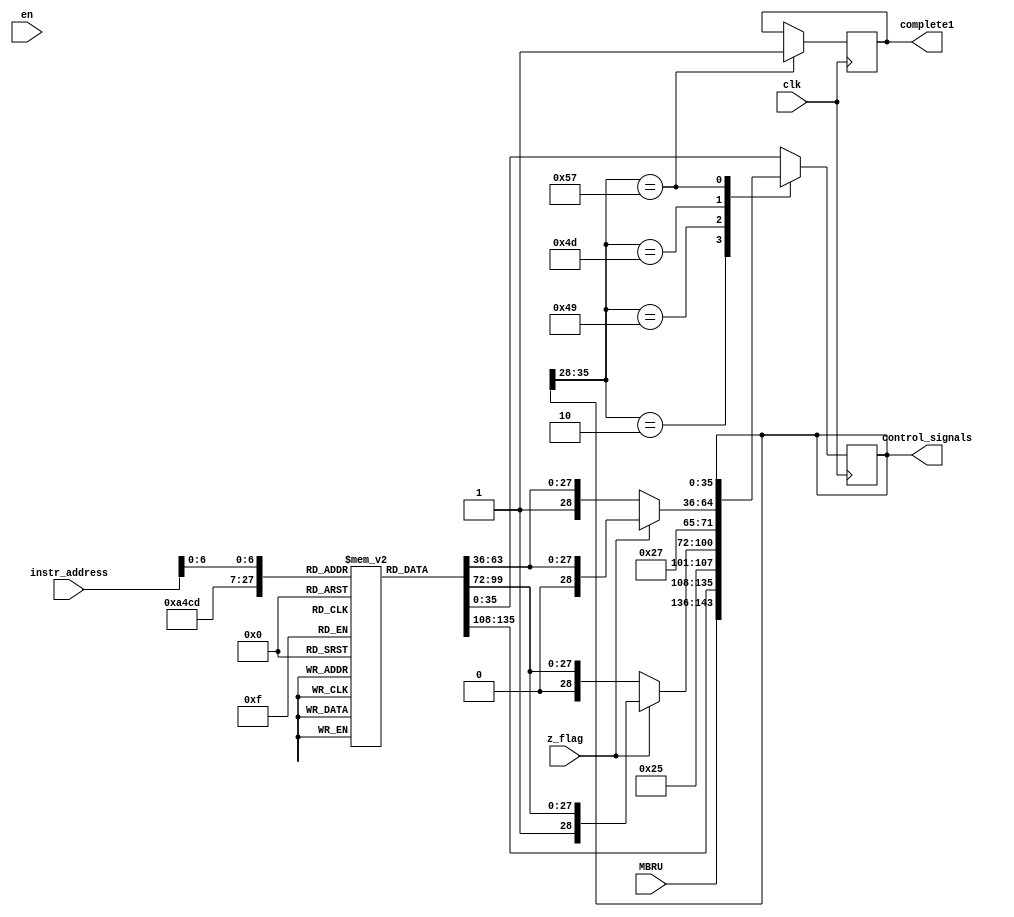
`timescale 1ns / 1ps
//////////////////////////////////////////////////////////////////////////////////
// Company: 
// Engineer: 
// 
// Design Name: 
// Module Name: Control_Unit
// Project Name: 
// Target Devices: 
// Tool Versions: 
// Description: 
// 
// Dependencies: 
// 
// Revision:
// Revision 0.01 - File Created
// Additional Comments:
// 
//////////////////////////////////////////////////////////////////////////////////




module Control_Unit(
    input clk,
    input en,
    input z_flag,
    input [7:0] instr_address,
    input [7:0] MBRU,
    output reg [35:0] control_signals,
    output complete1
    );
    
    parameter  control_signal_length=35; //36-1=35
    reg [control_signal_length:0] control_store[88:0];
    reg finish = 1'b0;
    
    //instructions which jumps
    parameter  FETCH3=8'd2;
    
    parameter  JUMPZ1=8'd73;
    parameter  JMPZN1=8'd74;
    parameter  JMPZY1=8'd75;

    parameter  JMPNZ1=8'd77;
    parameter  JMPNZY1=8'd78;
    parameter  JMPNZN1=8'd79;
    

    parameter  NOOP=8'd3;
    parameter  DONE=8'd87;
    
    assign complete1 = finish;
    
    initial
      begin
        control_signals= 36'b00000000_0_0000_00000000000000_000_00_0000; //	Start
      end
        
        
    always@(posedge clk)
        begin
            case(control_signals[35:28])
            FETCH3: 
                begin
                    control_signals={MBRU,control_store[FETCH3][27:0]};                    
                end
            JUMPZ1: 
                begin 
                    if (z_flag==1'b0)
                        control_signals={JMPZN1,control_store[JUMPZ1][27:0]};
                    else
                        control_signals={JMPZY1,control_store[JUMPZ1][27:0]};
                 end         
            JMPNZ1:
                begin 
                    if (z_flag==1'b1)
                        control_signals={JMPNZY1,control_store[JMPNZ1][27:0]};
                    else
                        control_signals={JMPNZN1,control_store[JMPNZ1][27:0]};
                end 
                
             DONE: finish = 1'b1;   //COMPLETE COMMAND 
            
             default: control_signals=control_store[instr_address];
            endcase
         end
            
    initial 
    begin
    
        control_store[0]  = 36'b00000001_0_0000_00010000000000_100_00_0000; //	FETCH1
        control_store[1]  = 36'b00000010_0_0000_00000000000000_000_00_0000; //	FETCH2
        control_store[2]  = 36'bxxxxxxxx_0_0000_00000000000000_000_10_0000; //  FETCH3
        control_store[3]  = 36'b00000000_0_0000_00000000000000_000_00_0000; //	NOOP
        control_store[4]  = 36'b00000000_0_0110_00000000000001_000_00_0000; //	CLAC
        control_store[5]  = 36'b00000110_0_1000_10000000000000_010_00_0000; //	LDAC 1
        control_store[6]  = 36'b00000111_0_0000_00000000000000_000_00_0000; //	LDAC 2
        control_store[7]  = 36'b00001000_0_0000_00000000000000_000_00_0000; //	LDAC 3
        control_store[8]  = 36'b00000000_0_0111_00000000000001_000_00_0010; //	LDAC 4
        control_store[9]  = 36'b00001010_0_0111_10000000000000_010_00_0011; //	LDX1R1 1
        control_store[10] = 36'b00001011_0_0000_00000000000000_000_00_0000; //	LDX1R1 2
        control_store[11] = 36'b00001100_0_0000_00000000000000_000_00_0000; //	LDX1R1 3
        control_store[12] = 36'b00001101_0_0111_00000000000001_000_00_0010; //	LDX1R1 4
        control_store[13] = 36'b00000000_0_1000_00001000000000_000_00_0000; //	LDX1R1 5
        control_store[14] = 36'b00001111_0_0111_10000000000000_010_00_0011; //	LDX2R2 1
        control_store[15] = 36'b00010000_0_0000_00000000000000_000_00_0000; //	LDX2R2 2
        control_store[16] = 36'b00010001_0_0000_00000000000000_000_00_0000; //	LDX2R2 3
        control_store[17] = 36'b00010010_0_0111_00000000000001_000_00_0010; //	LDX2R2 4
        control_store[18] = 36'b00000000_0_1000_00000100000000_000_00_0000; //	LDX2R2 5
        control_store[19] = 36'b00010100_0_0111_10000000000000_010_00_0011; //	LDX3R3 1
        control_store[20] = 36'b00010101_0_0000_00000000000000_000_00_0000; //	LDX3R3 2
        control_store[21] = 36'b00010110_0_0000_00000000000000_000_00_0000; //	LDX3R3 3
        control_store[22] = 36'b00010111_0_0111_00000000000001_000_00_0010; //	LDX3R3 4
        control_store[23] = 36'b00000000_0_1000_00000010000000_000_00_0000; //	LDX3R3 5
        control_store[24] = 36'b00011001_0_0111_10000000000000_010_00_0011; //	LDX12R9 1
        control_store[25] = 36'b00011010_0_0000_00000000000000_000_00_0000; //	LDX12R9 2
        control_store[26] = 36'b00011011_0_0000_00000000000000_000_00_0000; //	LDX12R9 3
        control_store[27] = 36'b00011100_0_0111_00000000000001_000_00_0010; //	LDX12R9 4
        control_store[28] = 36'b00000000_0_1000_00000000000010_000_00_0000; //	LDX12R9 5
        control_store[29] = 36'b00011110_0_0111_10000000000000_010_00_0011; //	LDX4R6 1
        control_store[30] = 36'b00011111_0_0000_00000000000000_000_00_0000; //	LDX4R6 2
        control_store[31] = 36'b00100000_0_0000_00000000000000_000_00_0000; //	LDX4R6 3
        control_store[32] = 36'b00100001_0_0111_00000000000001_000_00_0010; //	LDX4R6 4
        control_store[33] = 36'b00000000_0_1000_00000000010000_000_00_0000; //	LDX4R6 5
        control_store[34] = 36'b00100100_0_0111_00000000000001_000_00_0110; //	SWX5R3 1
        control_store[35] = 36'b00100100_0_0111_00000000000001_000_00_0101; //	SWX12R2 1
        control_store[36] = 36'b00100101_0_0111_10000000000000_000_00_0011; //	SWX5AC 1
        control_store[37] = 36'b00000000_0_1000_01000000000000_001_00_0000; //	SWX5AC 2
        control_store[38] = 36'b00000000_0_1000_01000000000000_001_00_0000; //	STAC
        control_store[39] = 36'b00000000_0_1000_00001000000000_000_00_0000; //	MOVACR1
        control_store[40] = 36'b00000000_0_1000_00000100000000_000_00_0000; //	MOVACR2
        control_store[41] = 36'b00000000_0_1000_00000010000000_000_00_0000; //	MOVACR3
        control_store[42] = 36'b00000000_0_1000_00000001000000_000_00_0000; //	MOVACR4
        control_store[43] = 36'b00000000_0_1000_00000000100000_000_00_0000; //	MOVACR5
        control_store[44] = 36'b00000000_0_1000_00000000010000_000_00_0000; //	MOVACR6
        control_store[45] = 36'b00000000_0_1000_00000000001000_000_00_0000; //	MOVACR7
        control_store[46] = 36'b00000000_0_1000_00000000000100_000_00_0000; //	MOVACR8
        control_store[47] = 36'b00000000_0_1000_00000000000010_000_00_0000; //	MOVACR9
        control_store[48] = 36'b00000000_0_0111_00000000000001_000_00_0100; //	MOVR1AC
        control_store[49] = 36'b00000000_0_0111_00000000000001_000_00_0101; //	MOVR2AC
        control_store[50] = 36'b00000000_0_0111_00000000000001_000_00_0110; //	MOVR3AC
        control_store[51] = 36'b00000000_0_0111_00000000000001_000_00_0111; //	MOVR4AC
        control_store[52] = 36'b00000000_0_0111_00000000000001_000_00_1000; //	MOVR5AC
        control_store[53] = 36'b00000000_0_0111_00000000000001_000_00_1001; //	MOVR6AC
        control_store[54] = 36'b00000000_0_0111_00000000000001_000_00_1010; //	MOVR7AC
        control_store[55] = 36'b00000000_0_0111_00000000000001_000_00_1011; //	MOVR8AC
        control_store[56] = 36'b00000000_0_0111_00000000000001_000_00_1100; //	MOVR9AC
        control_store[57] = 36'b00000000_0_1000_10000000000000_000_00_0000; //	MOVACMAR
        control_store[58] = 36'b00000000_0_1000_01000000000000_001_00_0000; //	MOVACMDR
        control_store[59] = 36'b00000000_0_0001_00000000000001_000_00_0100; //	ADDR1
        control_store[60] = 36'b00000000_0_0001_00000000000001_000_00_0101; //	ADDR2
        control_store[61] = 36'b00000000_0_0001_00000000000001_000_00_0111; //	ADDR4
        control_store[62] = 36'b00000000_0_0001_00000000000001_000_00_1000; //	ADDR5
        control_store[63] = 36'b00000000_0_0001_00000000000001_000_00_1001; //	ADDR6
        control_store[64] = 36'b00000000_0_0001_00000000000001_000_00_1010; //	ADDR7
        control_store[65] = 36'b00000000_0_0010_00000000000001_000_00_0000; //	LSHIFT1
        control_store[66] = 36'b00000000_0_0011_00000000000001_000_00_0000; //	RSHIFT1
        control_store[67] = 36'b00000000_0_0100_00000000000001_000_00_0000; //	LSHIFT8
        control_store[68] = 36'b00000000_0_0000_00000000000000_000_10_0000; //	INCREMENTPC
        control_store[69] = 36'b00000000_0_0000_00000000000000_000_01_0000; //	INCREMENTAC
        control_store[70] = 36'b00000000_0_0101_00000000000001_000_00_0000; //	DECREMENTAC
        control_store[71] = 36'b01001000_0_0111_00000000000001_000_00_0011; //	JUMP1
        control_store[72] = 36'b00000000_1_1000_00100000000000_000_00_0000; //	JUMP2
        control_store[73] = 36'bxxxxxxxx_1_0000_00000000000000_000_00_0000; //	JUMPZ1
        control_store[74] = 36'b00000000_0_0000_00000000000000_000_00_0000; //	JMPZN1 (Z = 0)
        control_store[75] = 36'b01001100_0_0111_00000000000001_000_00_0011; //	JMPZY1 (Z = 1)
        control_store[76] = 36'b00000000_1_1000_00100000000000_000_00_0000; //	JMPZY2 (Z = 1)
        control_store[77] = 36'bxxxxxxxx_1_0000_00000000000000_000_00_0000; //	JMPNZ1
        control_store[78] = 36'b00000000_0_0000_00000000000000_000_00_0000; //	JMPNZY1 (Z = 1)
        control_store[79] = 36'b01010000_0_0111_00000000000001_000_00_0011; //	JMPNZN1 (Z = 0)
        control_store[80] = 36'b01011000_1_1000_00100000000000_000_00_0000; //	JMPNZN2 (Z = 0)
        control_store[81] = 36'b01010010_0_0111_00000000000001_000_00_0011; //  LDIR2 1 
        control_store[82] = 36'b00000000_0_1000_00000100000000_000_00_0000; //  LDIR2 2
        control_store[83] = 36'b01010100_0_0111_00000000000001_000_00_0011; //  LDIR3 1
        control_store[84] = 36'b00000000_0_1000_00000010000000_000_00_0000; //  LDIR3 2   
        control_store[85] = 36'b00000000_0_0111_00001000000000_000_00_0011; //  LDIR1 1
        control_store[86] = 36'b00000000_0_0111_00000000010000_000_00_0011; //  LDIR6 1
        control_store[87] = {36{1'bz}}; // DONE
        control_store[88] = 36'b00000000_0_0110_00000000000001_000_00_0000; //JMPNZN3 (Z = 0)

    end
    
    
    
    
    
    
endmodule